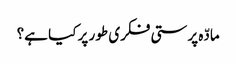
مادّہ پرستی فکری طور پر کیا ہے؟